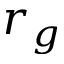
r _ { g }